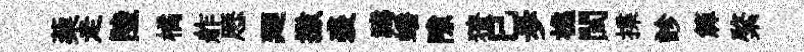
蔾走陸橘舴厯廻撒裘禱蟠隙獠已歩樵閩揲診簰綮